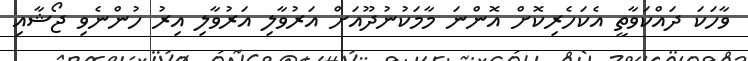
ވާހަކަ ދައްކަވާތީ އެކަހެރިކޮށް އޮންނަ މާމަކުނުދޫއަށް އަރުވާލި އަރުވާލި އިރު ހުންނެވި ޖޯޝާއި